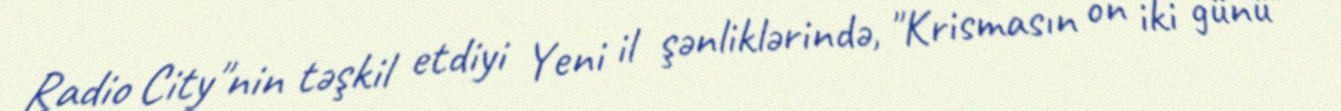
Radio City"nin təşkil etdiyi Yeni il şənliklərində, "Krismasın on iki günü"